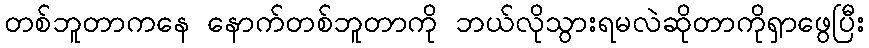
တစ်ဘူတာကနေ နောက်တစ်ဘူတာကို ဘယ်လိုသွားရမလဲဆိုတာကိုရှာဖွေပြီး